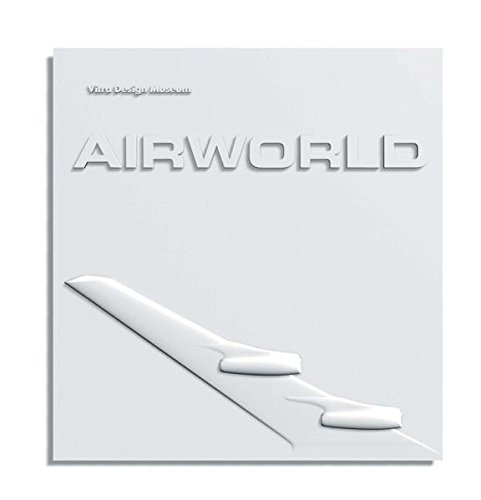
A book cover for Airworld: Design and Architecture for Air Travel; Barbara Hauss; Travel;